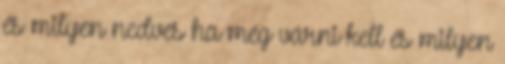
és milyen nedves ha még várni kell és milyen